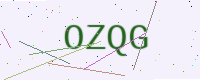
Text: OZQG